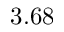
3 . 6 8